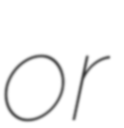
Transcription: or